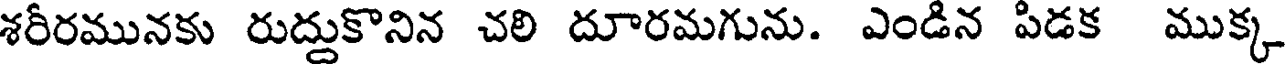
శరీరమునకు రుద్దుకొనిన చలి దూరమగును. ఎండిన పిడక ముక్క